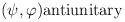
LaTeX: \begin{align*}(\psi ,\varphi ) & \hbox{antiunitary}\end{align*}